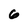
Character: 6